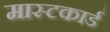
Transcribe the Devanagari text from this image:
मास्टकार्ड